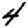
Digit: 4